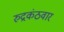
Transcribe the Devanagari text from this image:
रुद्रकंठवार